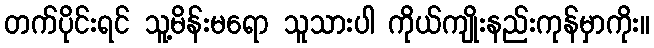
တက်ပိုင်းရင် သူ့မိန်းမရော သူသားပါ ကိုယ်ကျိုးနည်းကုန်မှာကိုး။